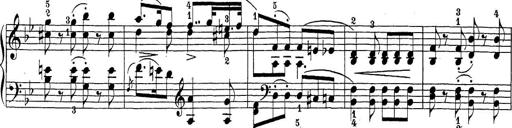
Title: Sonatina Album
Composer: Louis KÃ¶hler